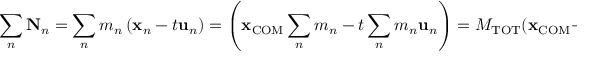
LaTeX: \sum _ { n } \mathbf { N } _ { n } = \sum _ { n } m _ { n } \left( \mathbf { x } _ { n } - t \mathbf { u } _ { n } \right) = \left( \mathbf { x } _ { \mathrm { C O M } } \sum _ { n } m _ { n } - t \sum _ { n } m _ { n } \mathbf { u } _ { n } \right) = M _ { \mathrm { T O T } } ( \mathbf { x } _ { \mathrm { C O M } } - \mathbf { u } _ { \mathrm { C O M } } t )